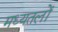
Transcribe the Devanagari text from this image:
मध्यतलों